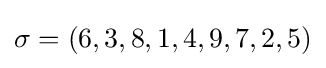
\sigma =(6,3,8,1,4,9,7,2,5)